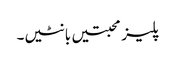
پلیز محبتیں بانٹیں۔